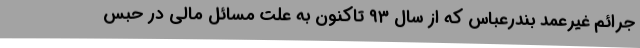
جرائم غیرعمد بندرعباس که از سال ۹۳ تاکنون به علت مسائل مالی در حبس